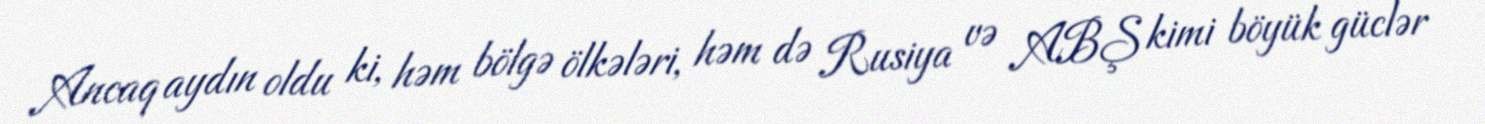
Ancaq aydın oldu ki, həm bölgə ölkələri, həm də Rusiya və ABŞ kimi böyük güclər